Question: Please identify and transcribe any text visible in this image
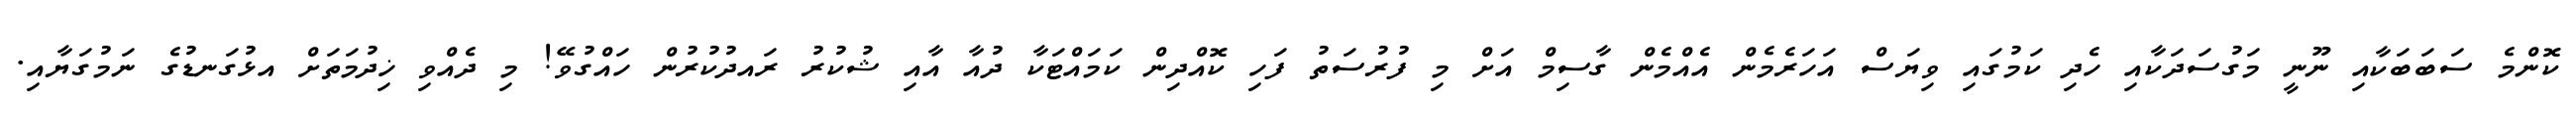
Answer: ކޮންމެ ސަބަބަކާއި ނޫނީ މަގުސަދަކާއި ހެދި ކަމުގައި ވިޔަސް އަހަރެމެން އެއްމެން ގާސިމް އަށް މި ފުރުސަތު ފަހި ކޮއްދިން ކަމައްޓަކާ ދުއާ އާއި ޝުކުރު ރައދުކުރުން ހައްގުވޭ! މި ދެއްވި ޚިދުމަތަށް އޅުގަނޑުގެ ނަމުގަޔާއި.